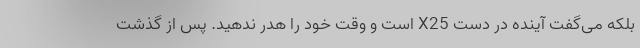
بلکه می‌گفت آینده در دست X25 است و وقت خود را هدر ندهید. پس از گذشت